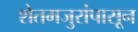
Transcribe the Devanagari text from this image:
शेतमजुरांपासून